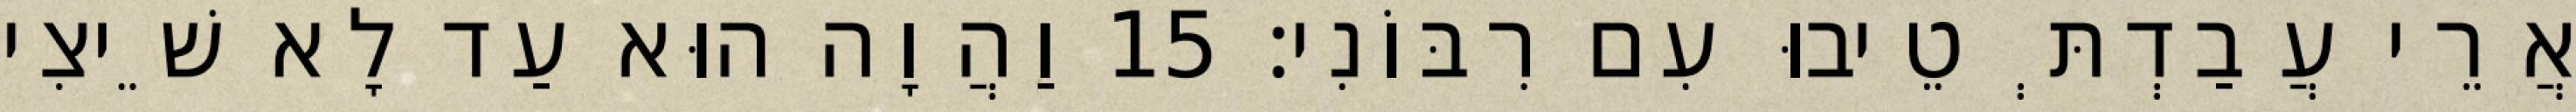
אֲרֵי עֲבַדְתְּ טֵיבוּ עִם רִבּוֹנִי׃ 15 וַהֲוָה הוּא עַד לָא שֵׁיצִי